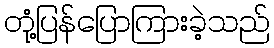
တုံ့ပြန်ပြောကြားခဲ့သည်